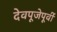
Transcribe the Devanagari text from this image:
देवपूजेपूर्वी